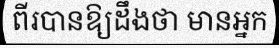
ពីរបានឱ្យដឹងថា មានអ្នក